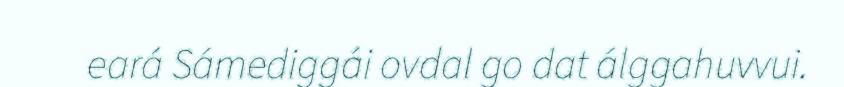
eará Sámediggái ovdal go dat álggahuvvui.